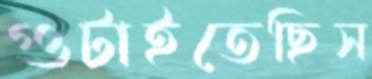
গুটাইতেছিস